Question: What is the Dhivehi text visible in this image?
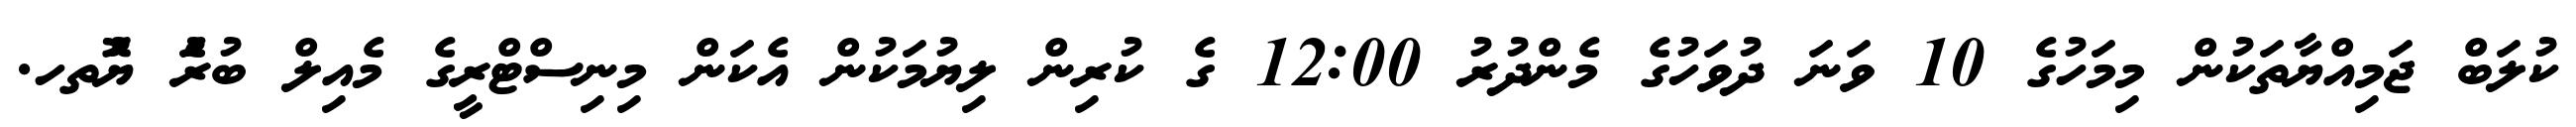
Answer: ކުލަބް ޖަމިއްޔާތަކުން މިމަހުގެ 10 ވަނަ ދުވަހުގެ މެންދުރު 12:00 ގެ ކުރިން ލިޔުމަކުން އެކަން މިނިސްޓްރީގެ މެއިލް ބުރެަު ޔޮުތހ.